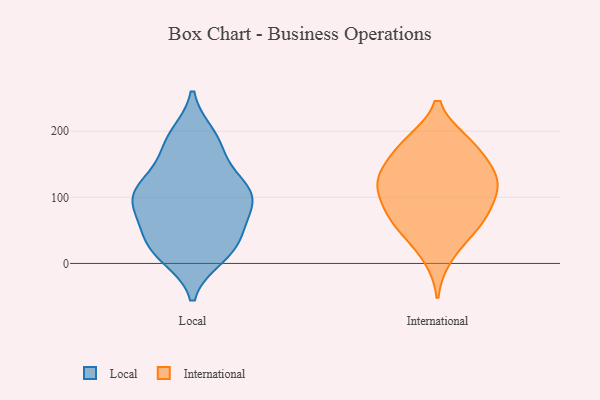
{"axis": {"x": "Energy Usage (MWh)", "y": "Value"}, "legend": ["International", "Local"], "data": [{"x": "", "y": 10, "type": "Local"}, {"x": "", "y": 89, "type": "Local"}, {"x": "", "y": 107, "type": "Local"}, {"x": "", "y": 17, "type": "Local"}, {"x": "", "y": 21, "type": "Local"}, {"x": "", "y": 73, "type": "Local"}, {"x": "", "y": 107, "type": "Local"}, {"x": "", "y": 144, "type": "Local"}, {"x": "", "y": 60, "type": "Local"}, {"x": "", "y": 109, "type": "Local"}, {"x": "", "y": 31, "type": "Local"}, {"x": "", "y": 110, "type": "Local"}, {"x": "", "y": 106, "type": "Local"}, {"x": "", "y": 172, "type": "Local"}, {"x": "", "y": 49, "type": "Local"}, {"x": "", "y": 194, "type": "Local"}, {"x": "", "y": 188, "type": "Local"}, {"x": "", "y": 127, "type": "International"}, {"x": "", "y": 56, "type": "International"}, {"x": "", "y": 90, "type": "International"}, {"x": "", "y": 181, "type": "International"}, {"x": "", "y": 10, "type": "International"}, {"x": "", "y": 129, "type": "International"}, {"x": "", "y": 113, "type": "International"}, {"x": "", "y": 184, "type": "International"}, {"x": "", "y": 160, "type": "International"}, {"x": "", "y": 78, "type": "International"}, {"x": "", "y": 81, "type": "International"}, {"x": "", "y": 60, "type": "International"}, {"x": "", "y": 183, "type": "International"}, {"x": "", "y": 43, "type": "International"}, {"x": "", "y": 129, "type": "International"}, {"x": "", "y": 116, "type": "International"}, {"x": "", "y": 138, "type": "International"}]}